Report of the Municipal Commissioner on the plague in Bombay for the year ending 31st May... - Volume 1
Disease focus: Plague
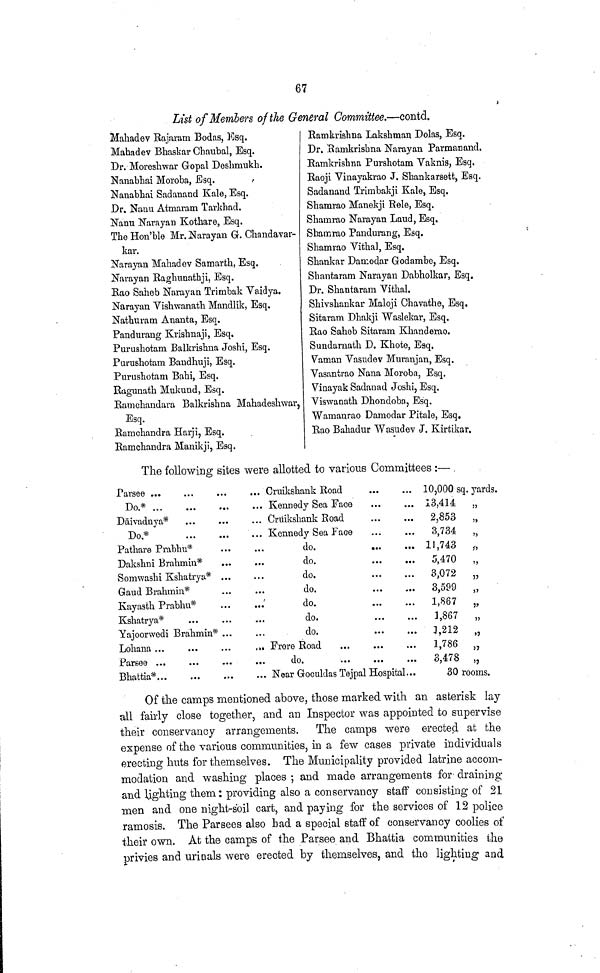
67
List of Members of the General Committee.—contd.
Mahadev Rajaram Bodas, Esq.
Mahadev Bhaskar Chaubal, Esq.
Dr. Moreshwar Gopal Deshmukh.
Nanabhai Moroba, Esq.
Nanabhai Sadanand Kale, Esq.
Dr. Nanu Atmararn Tarkhad.
Nanu Narayan Kothare, Esq.
The Hon'ble Mr. Narayan G. Chandavar-
kar.
Narayan Mahadev Samarth, Esq.
Narayan Raghunathji, Esq.
Rao Saheb Narayan Trimbak Vaidya.
Narayan Vishwanath Mandlik, Esq.
Nathuram Ananta, Esq.
Pandurang Krishnaji, Esq.
Purushotam Balkrishna Joshi, Esq.
Purushotam Bandhuji, Esq.
Purushotam Bahi, Esq.
Ragunath Mukund, Esq.
Ramchandara Balkrishna Mahadeshwar,
Esq.
Eamchandra Harji, Esq.
Ramchandra Manikji, Esq.
Ramkrishna Lakshman Dolas, Esq.
Dr. Ramkrishna Narayan Parmanand.
Ramkrishna Purshotam Vaknis, Esq.
Raoji Vinayakrao J. Shankarsett, Esq.
Sadanand Trimbakji Kale, Esq.
Shamrao Manekji Rolo, Esq.
Shamrao Narayan Laud, Esq.
Shamrao Pandurang, Esq.
Shamrao Vithal, Esq.
Shankar Damodar Godambe, Esq.
Shantaram Narayan Dabholkar, Esq.
Dr. Shantaram Vithal.
Shivshankar Maloji Chavathe, Esq.
Sitaram Dhakji Waslekar, Esq.
Rao Saheb Sitaram Khanderao
Sundarnath D. Khote, Esq.
Vaman Vasudev Muranjan, Esq.
Vasantrao Nana Moroba, Esq.
Vinayak Sadanad Joshi, Esq.
Viswanath Dhondoba, Esq.
Wamanrao Damodar Pitale, Esq.
Rao Bahadur Wasudev J. Kirtikar.
The following sites were allotted to various Committees :—
Do*
Daivadnya*
Do*
Pathare Prabhu*
Dakshni Brahmin*
Somwashi Kshatrya* ...
Gaud Brahmin*
Kayasth Prabhu*
Kshatrya*
Yajoorwedi Brahmin* ...
Lohana ...
Bhattia*
... Kennedy Sea Face
... Cruikshank Road
... Kennedy Sea Face
do.
...
do.
do.
do.
...
...
do.
do.
do.
Frere Road
...
...
do.
...
...
...
... Near Goculdas Tejpal Hospital...
10,000 sq.
13,414
2,853
3,734
11,743
5,470
3,072
3,599
1,887
1,867
1,212
1,786
3,478
yards.
30 rooms.
Of the camps mentioned above, those marked with an asterisk lay
all fairly close together, and an Inspector was appointed to supervise
their conservancy arrangements. The camps were erected at the
expense of the various communities, in a few cases private individuals
erecting huts for themselves. The Municipality provided latrine accom-
modation and washing places ; and made arrangements for draining
and lighting them: providing also a conservancy staff consisting of 21
men and one night-soil cart, and paying for the services of 12 police
ramosis. The Parsees also bad a special staff of conservancy coolies of
their own. At the camps of the Parsee and Bhattia communities the
privies and urinals were erected by themselves, and the lighting and